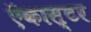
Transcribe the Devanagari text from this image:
ऍकास्टर